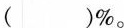
( )%。